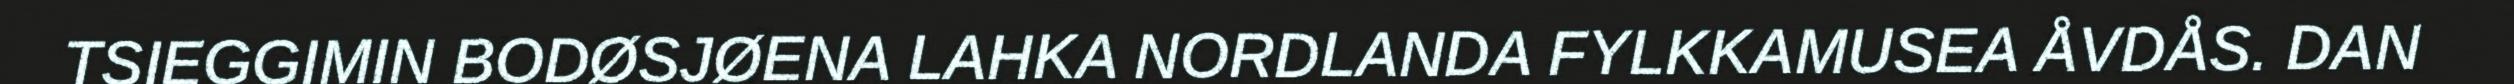
TSIEGGIMIN BODØSJØENA LAHKA NORDLANDA FYLKKAMUSEA ÅVDÅS. DAN